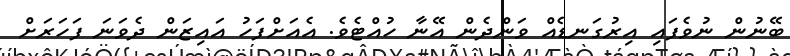
ބޭނުން ނުވެފައި އިރުގަނޑެއް ވަންދެން އޭނާ ހުއްޓެވެ. އެއަށްފަހު އައިޒަން ދެވަނަ ފަހަރަށް